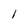
Character: l